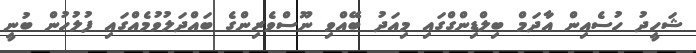
ޝަހީދު ހުސެއިން އާދަމް ބިލްޑިންގްގައި މިއަދު ބޭއްވި ނޫސްވެރިންގެ ބައްދަލުވުމެއްގައި ފުލުހުން ބުނީ